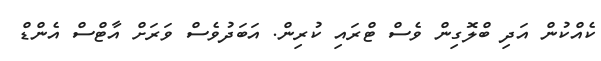
ކެއްކުން އަދި ބްލޮގިން ވެސް ޓްރައި ކުރިން. އަބަދުވެސް ވަރަށް އާޓްސް އެންޑް